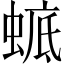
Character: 𧍉